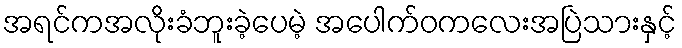
အရင်ကအလိုးခံဘူးခဲ့ပေမဲ့ အပေါက်ဝကလေးအပြဲသားနှင့်